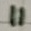
Text: 11